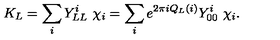
K _ { L } = \sum _ { i } Y _ { L L } ^ { i } \ \chi _ { i } = \sum _ { i } e ^ { 2 \pi i Q _ { L } ( i ) } Y _ { 0 0 } ^ { i } \ \chi _ { i } .